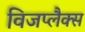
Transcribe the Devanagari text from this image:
विजप्लैक्स